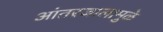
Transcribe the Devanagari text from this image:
आंतरजालामुळे